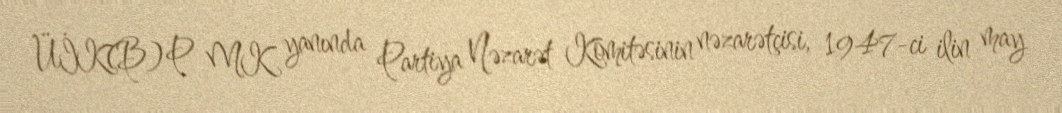
ÜİK(B)P MK yanında Partiya Nəzarət Komitəsinin nəzarətçisi, 1947-ci ilin may